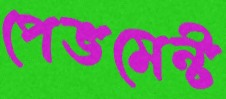
পেভমেন্ট